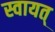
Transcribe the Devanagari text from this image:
स्वायत्